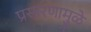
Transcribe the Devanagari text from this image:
प्रसारणामुळे